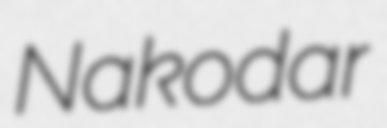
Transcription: Nakodar